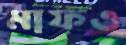
মাফও